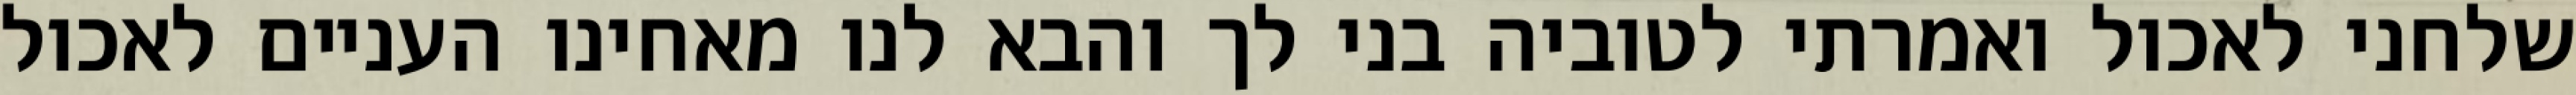
שלחני לאכול ואמרתי לטוביה בני לך והבא לנו מאחינו העניים לאכול